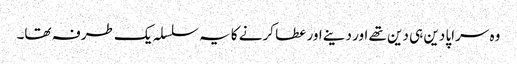
وہ سراپا دین ہی دین تھے اور دینے اور عطا کرنے کا یہ سلسلہ یک طرفہ تھا۔